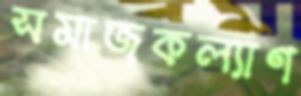
সমাজকল্যাণ